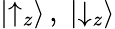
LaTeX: |{\uparrow}_{z}\rangle\, ,\; |{\downarrow}_{z}\rangle